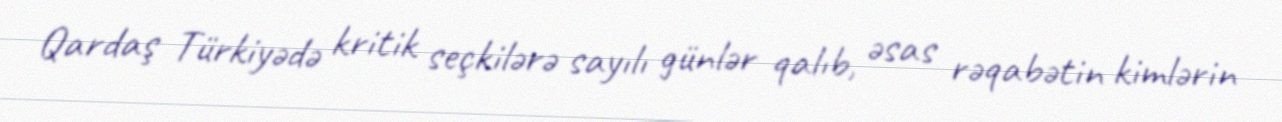
Qardaş Türkiyədə kritik seçkilərə sayılı günlər qalıb, əsas rəqabətin kimlərin